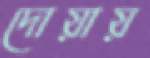
দোয়ায়